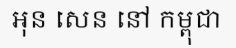
អុន សេន នៅ កម្ពុជា